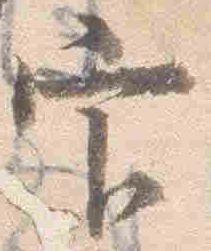
官